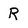
Character: R